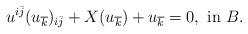
LaTeX: \begin{align*} u^{i\bar{j}}(u_{\overline k})_{i\bar{j}}+X(u_{\overline k})+u_{\overline k}=0,~ {\rm in }~ B.\end{align*}